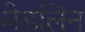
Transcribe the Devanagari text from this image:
मेडलिन